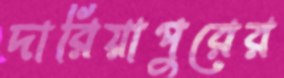
দারিয়াপুরের